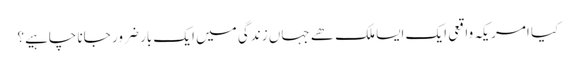
کیا امریکہ واقعی ایک ایسا ملک ھے جہاں زندگی میں ایک بار ضرور جانا چاہیے؟